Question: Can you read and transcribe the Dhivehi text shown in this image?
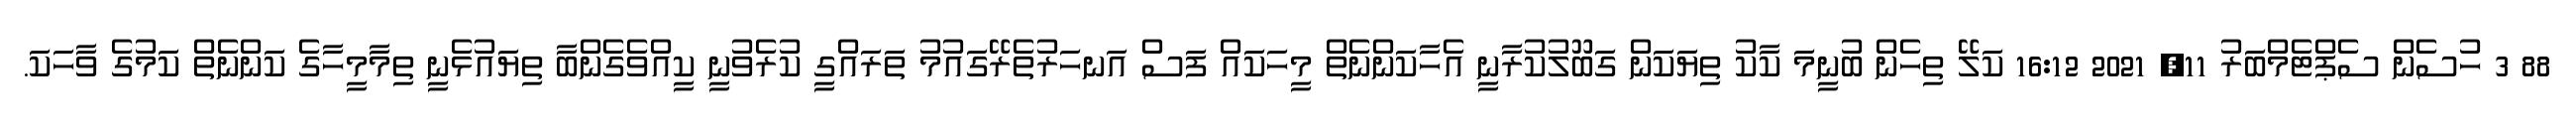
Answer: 88 3 ހުސެން ސެޕްޓެމްބަރު 11, 2021 16:12 ކަލޭ ތިހެން ބުނީމަ ކާކު ތިޔަކަން ގަބޫލުކުރާނީ އެހާކަންނެތް މީހަކައް ފަސް އަނހަރުތެރޭގައުމު ތަރައްގީ ކުރެވުނީ ކީއްވެގެންބާ ތިޔައުޅެނީ ތިމާމީހާގެ ކަންނެތް ކަމުގެ ވާހަކަ.